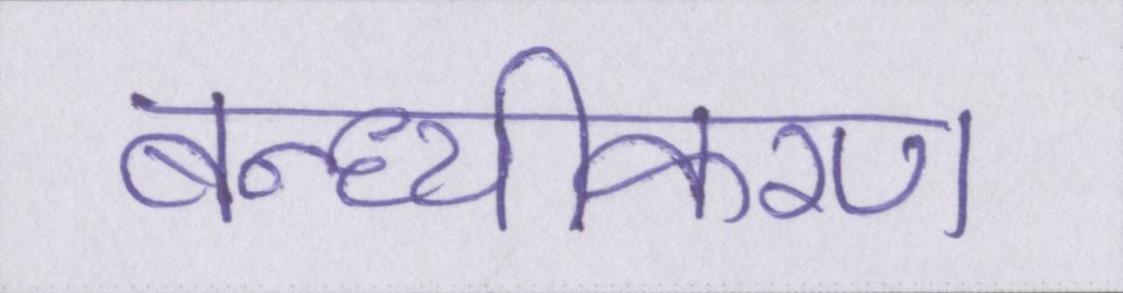
बन्ध्यीकरण